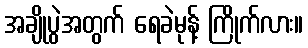
အချိုပွဲအတွက် ရေခဲမုန့် ကြိုက်လား။